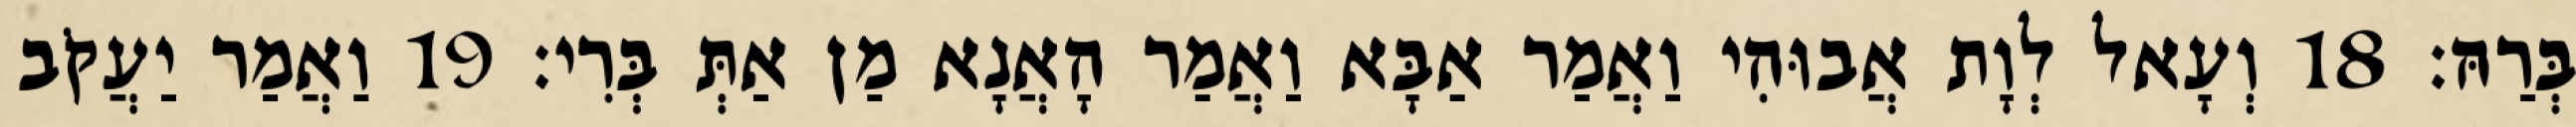
בְּרַהּ׃ 18 וְעָאל לְוָת אֲבוּהִי וַאֲמַר אַבָּא וַאֲמַר הָאֲנָא מַן אַתְּ בְּרִי׃ 19 וַאֲמַר יַעֲקֹב